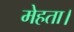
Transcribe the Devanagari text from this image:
मेहता।